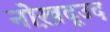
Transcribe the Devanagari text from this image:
नोख़दूउद